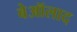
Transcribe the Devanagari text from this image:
बेऑलाद